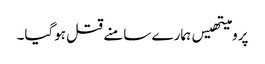
پرومیتھیس ہمارے سامنے قتل ہوگیا۔